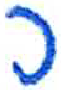
אות: כ